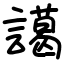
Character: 譪